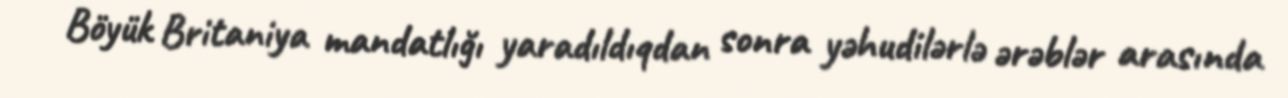
Böyük Britaniya mandatlığı yaradıldıqdan sonra yəhudilərlə ərəblər arasında